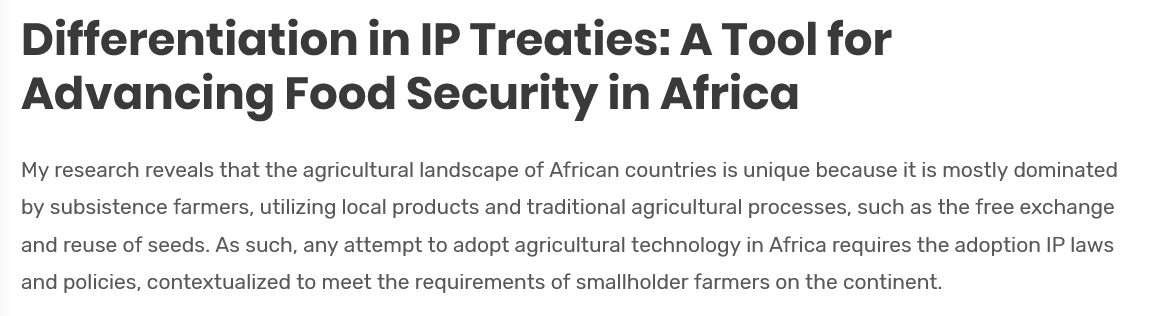
Differentiation    in   IP   Treaties:    A   Tool   for
   Advancing    Food    Security    in   Africa
   My research reveals that the agricultural landscape of African countries is unique because it is mostly dominated
   by subsistence farmers, utilizing local products and traditional agricultural processes, such as the free exchange
   and reuse of seeds. As such, any attempt to adopt agricultural technology in Africa requires the adoption IP laws
   and policies, contextualized to meet the requirements of smallholder farmers on the continent.